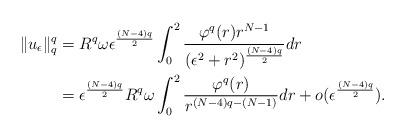
LaTeX: \begin{align*}\|u_{\epsilon}\|_{q}^{q}&=R^{q}\omega\epsilon^{\frac{(N-4)q}{2}}\int_{0}^{2}\frac{\varphi^{q}(r)r^{N-1}}{(\epsilon^{2}+r^{2})^{\frac{(N-4)q}{2}}}dr\\&=\epsilon^{\frac{(N-4)q}{2}}R^{q}\omega\int_{0}^{2}\frac{\varphi^{q}(r)}{r^{(N-4)q-(N-1)}}dr+o(\epsilon^{\frac{(N-4)q}{2}}).\\\end{align*}